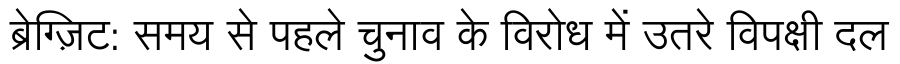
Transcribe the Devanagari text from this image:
ब्रेग्ज़िट: समय से पहले चुनाव के विरोध में उतरे विपक्षी दल